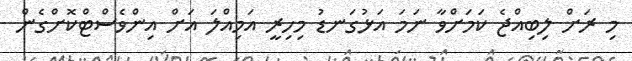
މި ރަށް ލިބިއްޖެ ކަމަށްވާ ނަމަ އަޅުގަނޑު މިހިރީ އަމިއްލަ އަށް އިންވެސްޓްކޮށްގެން